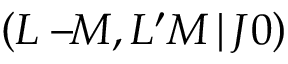
\left( L - \! \! M , L ^ { \prime } M \, | \, J 0 \right)